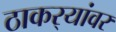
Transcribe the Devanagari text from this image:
ठाकर्‍यांवर